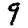
Digit: 9